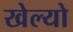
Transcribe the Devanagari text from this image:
खेल्यो